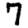
Digit: 7